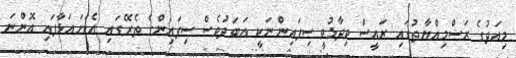
މިއަދުގެ ރަސްމިއްޔާތުގައި ރައީސް ވިދާޅުވީ ސިފައިންނަކީ އަބަދުވެސް ސިފައިންގެ ތެރޭގައި އެކަށައަޅާފައި އޮންނަ